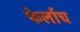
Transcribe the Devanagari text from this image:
फेर्लाच